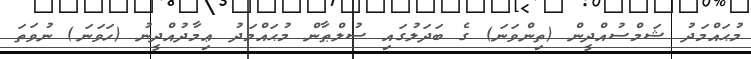
މުޙައްމަދު ޝަމްސުއްދީން (ތިންވަނަ) ގެ ބަދަލުގައި ސުލްޠާން މުޙައްމަދު ޢިމާދުއްދީނު (ހަވަނަ) ނުވަތަ